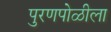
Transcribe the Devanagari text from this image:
पुरणपोळीला